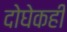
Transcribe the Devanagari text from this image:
दोघेकही